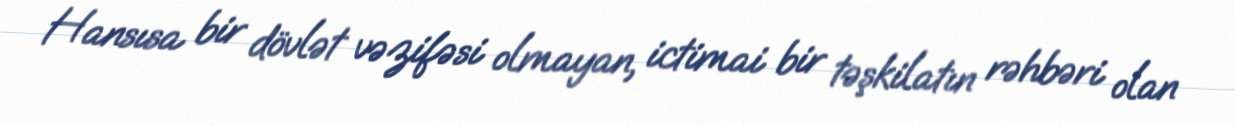
Hansısa bir dövlət vəzifəsi olmayan, ictimai bir təşkilatın rəhbəri olan